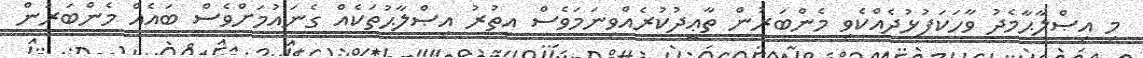
މި އިޞްލާޙާމެދު ވާހަކަފުޅުދެއްކެވި މެންބަރުން ތާޢީދުކުރެއްވިނަމަވެސް އިތުރު އިޞްލާޙުތަކެއް ގެނައުމަށްވެސް ބައެއް މެންބަރުން